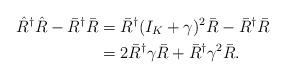
LaTeX: \begin{align*}\hat{R}^{\dagger}\hat{R} -\bar{R}^{\dagger}\bar{R} & =\bar{R}^{\dagger}(I_K+\gamma)^2\bar{R}-\bar{R}^{\dagger}\bar{R} \cr&=2\bar{R}^{\dagger}\gamma\bar{R} + \bar{R}^{\dagger}\gamma^2\bar{R}.\end{align*}